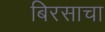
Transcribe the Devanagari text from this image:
बिरसाचा